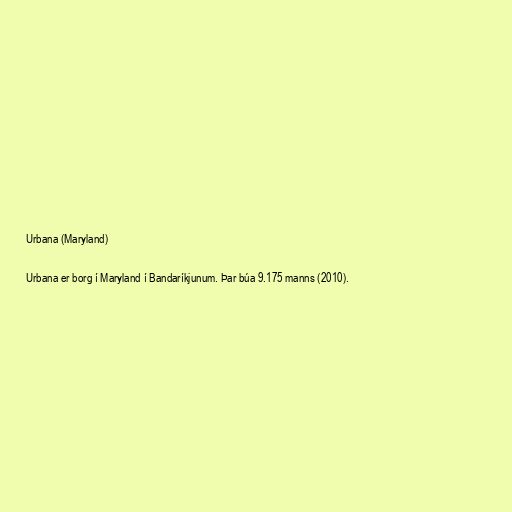
Urbana (Maryland)

Urbana er borg í Maryland í Bandaríkjunum. Þar búa 9.175 manns (2010).